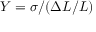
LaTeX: Y = \sigma / ( \Delta L / L )